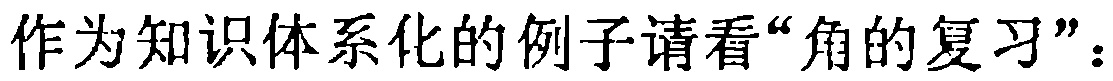
作为知识体系化的例子请看“角的复习”：